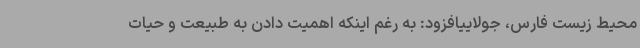
محیط زیست فارس، جولاییافزود: به رغم اینکه اهمیت دادن به طبیعت و حیات